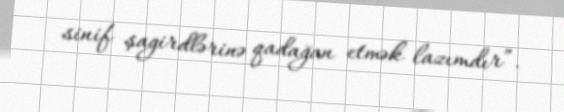
sinif şagirdlərinə qadağan etmək lazımdır”.